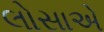
લોસાએ